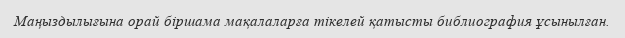
Маңыздылығына орай біршама мақалаларға тікелей қатысты библиография ұсынылған.